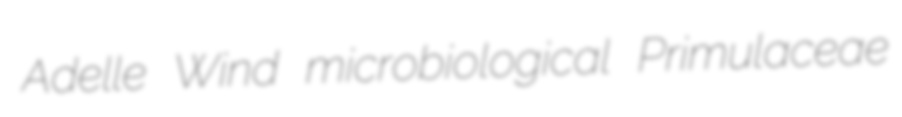
Adelle Wind microbiological Primulaceae